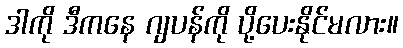
ဒါကို ဒီကနေ ဂျပန်ကို ပို့ပေးနိုင်မလား။